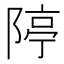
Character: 𨺱